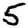
Digit: 5